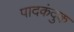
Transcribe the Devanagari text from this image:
पादकंदुक